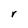
Character: r